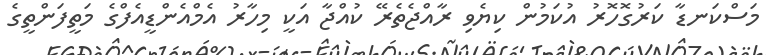
މަސްކަނޑާ ކަރުގޮހޮރު އުކަމުން ކިޔެވި ރާއްޖެތެރޭ ކުއްޖާ އަކީ މިހާރު އެމްއެންޑީއެފްގެ މަތީފަންތީގެ